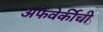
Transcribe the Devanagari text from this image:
अफेवेर्कीची